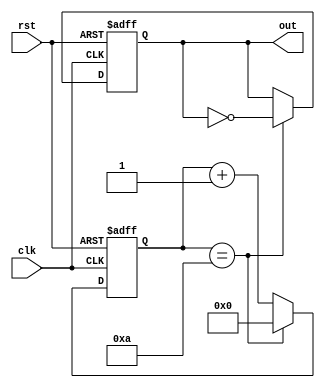
module Periodic_timer (
  input wire clk,
  input wire rst,
  output reg out
);

parameter start_value = 0;
parameter end_value = 10;
parameter frequency = 1; // MHz

reg [31:0] count;

always @(posedge clk or posedge rst) begin
  if (rst) begin
    count <= start_value;
    out <= 0;
  end else begin
    if (count == end_value) begin
      count <= start_value;
      out <= ~out;
    end else begin
      count <= count + 1;
    end
  end
end

endmodule